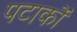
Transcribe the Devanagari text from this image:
पटाकों